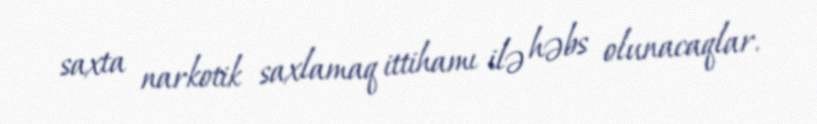
saxta narkotik saxlamaq ittihamı ilə həbs olunacaqlar.